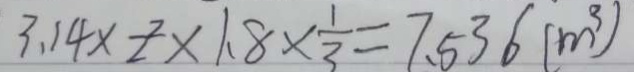
3 . 1 4 \times 2 ^ { 2 } \times 1 . 8 \times \frac { 1 } { 3 } = 7 . 5 3 6 ( m ^ { 3 } )